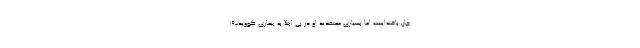
جان باخته‌است اما بسیاری معتقدند او در پی ابتلا به بیماری کووید-۱۹